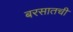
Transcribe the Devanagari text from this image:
बरसातची